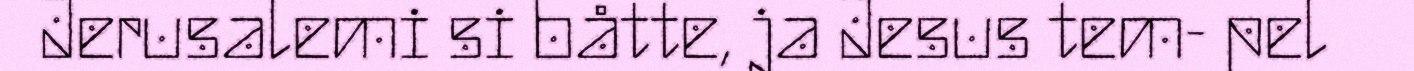
Jerusalemi si båtte, ja Jesus tem- pel